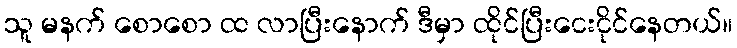
သူ မနက် စောစော ထ လာပြီးနောက် ဒီမှာ ထိုင်ပြီးငေးငိုင်နေတယ်။